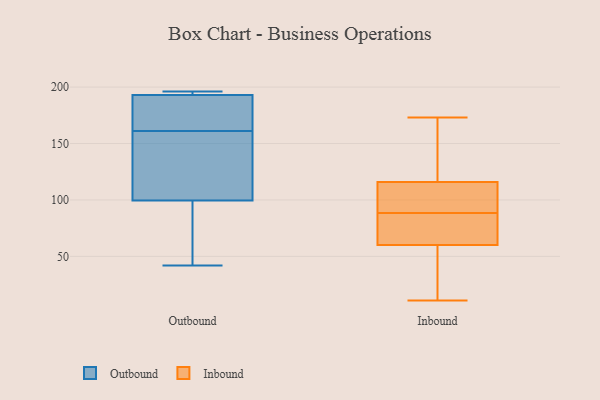
{"axis": {"x": "Satisfaction Score", "y": "Value"}, "legend": ["Inbound", "Outbound"], "data": [{"x": "", "y": 193, "type": "Outbound"}, {"x": "", "y": 157, "type": "Outbound"}, {"x": "", "y": 82, "type": "Outbound"}, {"x": "", "y": 195, "type": "Outbound"}, {"x": "", "y": 192, "type": "Outbound"}, {"x": "", "y": 42, "type": "Outbound"}, {"x": "", "y": 165, "type": "Outbound"}, {"x": "", "y": 196, "type": "Outbound"}, {"x": "", "y": 105, "type": "Outbound"}, {"x": "", "y": 94, "type": "Outbound"}, {"x": "", "y": 193, "type": "Outbound"}, {"x": "", "y": 148, "type": "Outbound"}, {"x": "", "y": 11, "type": "Inbound"}, {"x": "", "y": 76, "type": "Inbound"}, {"x": "", "y": 156, "type": "Inbound"}, {"x": "", "y": 60, "type": "Inbound"}, {"x": "", "y": 92, "type": "Inbound"}, {"x": "", "y": 31, "type": "Inbound"}, {"x": "", "y": 116, "type": "Inbound"}, {"x": "", "y": 95, "type": "Inbound"}, {"x": "", "y": 14, "type": "Inbound"}, {"x": "", "y": 120, "type": "Inbound"}, {"x": "", "y": 60, "type": "Inbound"}, {"x": "", "y": 110, "type": "Inbound"}, {"x": "", "y": 173, "type": "Inbound"}, {"x": "", "y": 85, "type": "Inbound"}]}